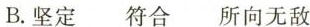
B.坚定符合所向无敌